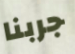
جربنا